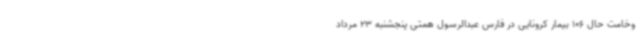
وخامت حال 106 بیمار کرونایی در فارس عبدالرسول همتی پنجشنبه 23 مرداد